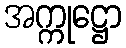
အက္ကုဋ္ဌော